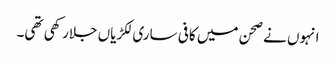
انہوں نے صحن میں کافی ساری لکڑیاں جلارکھی تھی۔